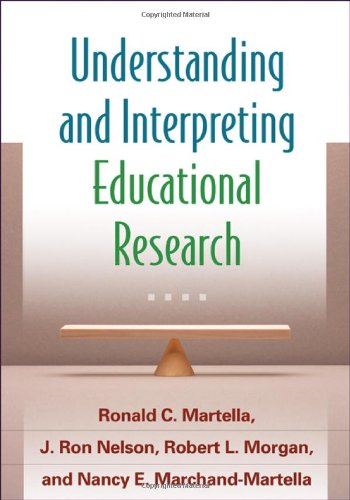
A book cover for Understanding and Interpreting Educational Research; Ronald C. Martella PhD; Medical Books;